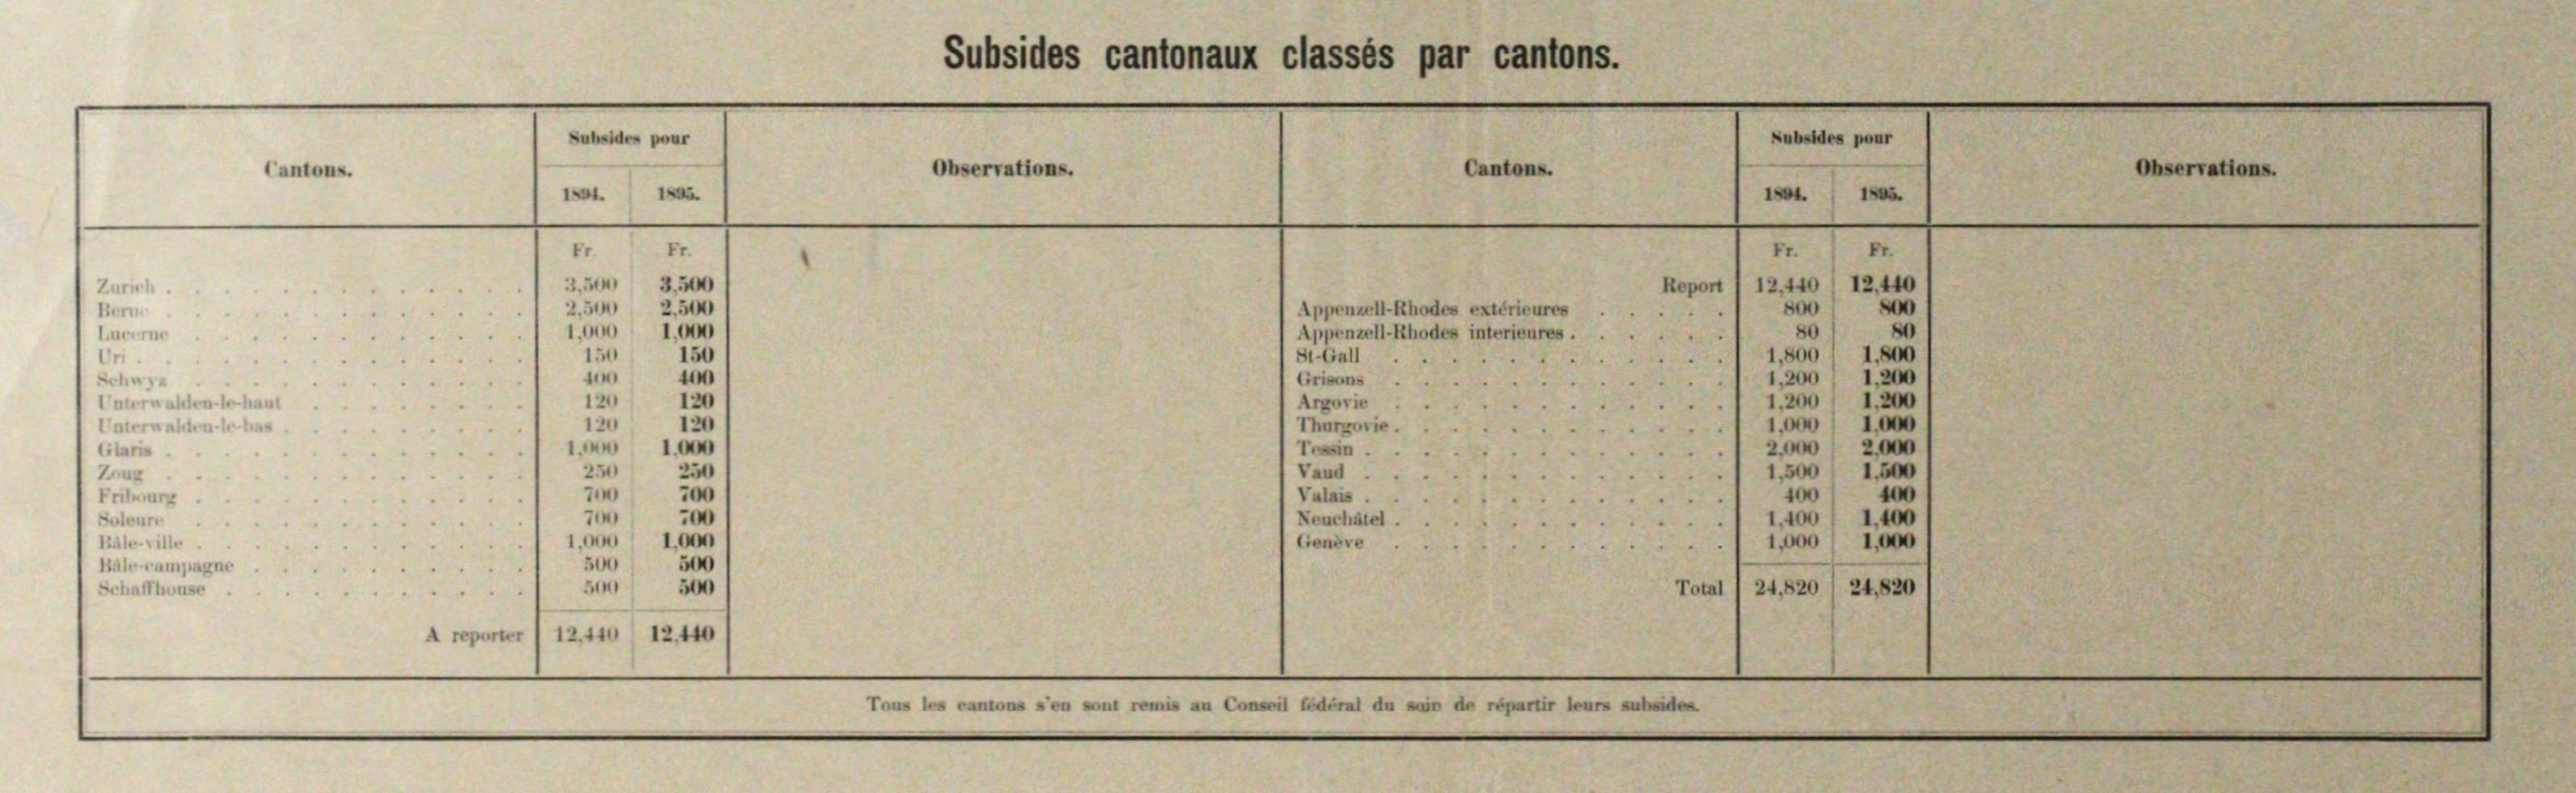
Interwaltende haut
Vaterwaldente bas

Glaris
Zu

Cantons.

Lubeides pour
Observations.
n
Cantons.
1801. 1865.
IS. 1
Pr.
Pr.
Er.
Pr.
3, 3,500
Report I 12,440) 12,440
80
2,31 2500
Appenzell-Rhodes extérieures
am
8
Appenzell-Rhodes interieures .
1.000
1
1,800 / 1,800
150
13
St.Gall

Subsides cantonaux classés par cantons.

Zuheiden pour

Lucerne
Uri.
äunt
1,200 1,200
um
4
Schwyz
risons
.
2
120
120
1,200/ 1,200
Argovie
12
Thurgorie.
101000
121
.
1.
a
 2000 2000
Tessin,
2
22)
1.500
Vand
1,500
100
714
wo
100
Valais.
Prihwurg
w
1,100/ 1,100
70
Neuchâtel.
Soleur
.
Am
a
Raleville
1,000 " 1,000
Genève
¬
5
Balocampagne
Schaffhause
Total /24,820 /24,820
i
3
12. 440 12440

Tous les cantons s’en sont remis an
eil fédéral du sein de répartir leurs subside